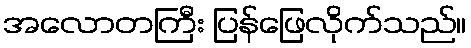
အလောတကြီး ပြန်ဖြေလိုက်သည်။